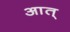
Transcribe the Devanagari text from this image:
आत्